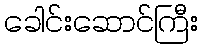
ခေါင်းဆောင်ကြီး